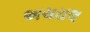
અચરાલ